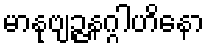
မာနုဗျဉ္ဇနဂ္ဂါဟိနော